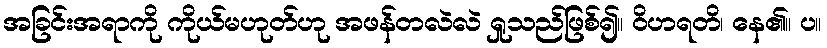
အခြင်းအရာကို ကိုယ်မဟုတ်ဟု အဖန်တလဲလဲ ရှုသည်ဖြစ်၍။ ဝိဟရတိ၊ နေ၏။ ပ။